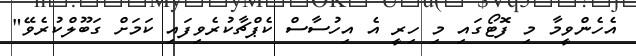
އެހެންވީމާ މި ފޮޓޯގައި މި ހިރީ އެ އިހުސާސް ކެޕްޗާކުރެވިފައި ކަމަށް ގަބޫލްކުރެވޭ"